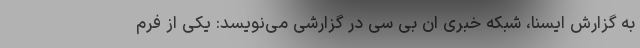
به گزارش ایسنا، شبکه خبری ان بی سی در گزارشی می‌نویسد: یکی از فرم